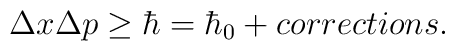
\Delta x \Delta p\ge \hbar=\hbar_0+ corrections.